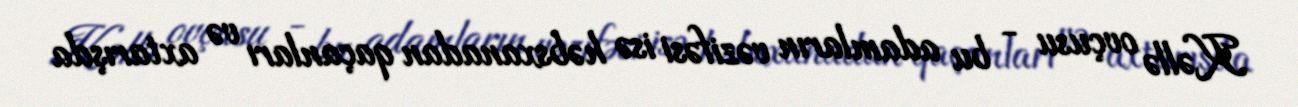
Kəllə ovçusu - bu adamların vəzifəsi isə həbsxanadan qaçanları və axtarışda